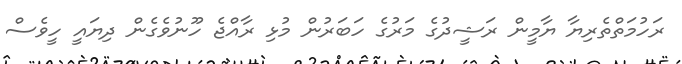
ރަހުމަތްތެރިޔާ ޔާމީން ރަޝީދުގެ މަރުގެ ހަބަރުން މުޅި ރާއްޖެ ހޫނުވެގެން ދިޔައީ ހީވެސް